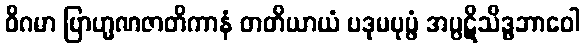
ဝိဂမာ ဗြာဟ္မဏဇာတိကာနံ တတိယာယံ ပဒုမပုပ္ဖံ အပ္ပဋိသိဒ္ဓဘာဝေါ